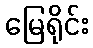
မြေရိုင်း